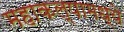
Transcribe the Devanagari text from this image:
महाकल्पामध्ये